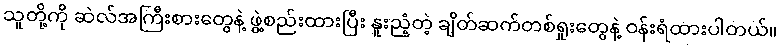
သူတို့ကို ဆဲလ်အကြီးစားတွေနဲ့ ဖွဲ့စည်းထားပြီး နူးညံ့တဲ့ ချိတ်ဆက်တစ်ရှုးတွေနဲ့ ဝန်းရံထားပါတယ်။